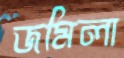
জমিলা